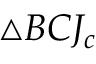
\triangle B C J _ { c }